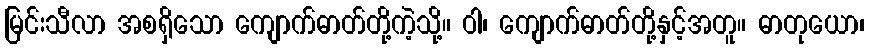
မြင်းသီလာ အစရှိသော ကျောက်ဓာတ်တို့ကဲ့သို့။ ဝါ၊ ကျောက်ဓာတ်တို့နှင့်အတူ။ ဓာတုယော၊